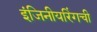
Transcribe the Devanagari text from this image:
इंजिनीयरिंगची